画像に写った文字を読んでください
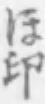
「ほ印」と書いてあります